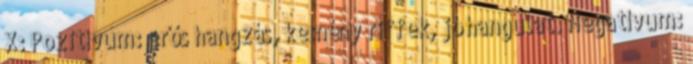
X: Pozitívum: erős hangzás, kemény riffek, jó hangulat. Negatívum: